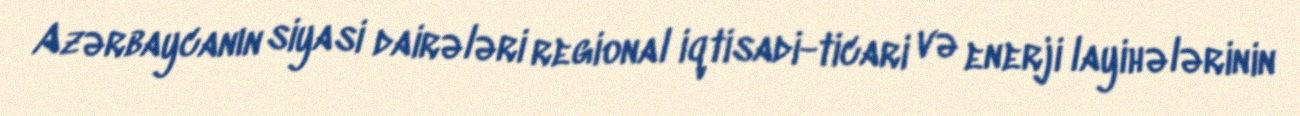
Azərbaycanın siyasi dairələri regional iqtisadi-ticari və enerji layihələrinin